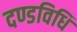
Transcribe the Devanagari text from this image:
दण्डविधि